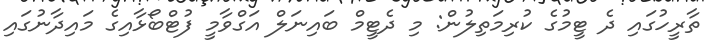
ތާރީހުގައި ދެ ޓީމުގެ ކުރިމަތިލުން: މި ދެޓީމް ބައިނަލް އަގްވާމީ ފުޓްބޯޅާއިގެ މައިދާނުގައި